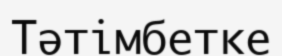
Тәтімбетке